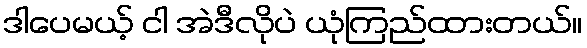
ဒါပေမယ့် ငါ အဲဒီလိုပဲ ယုံကြည်ထားတယ်။